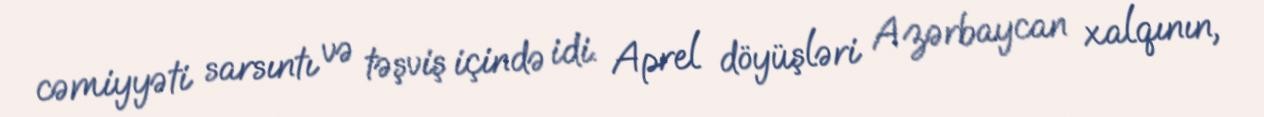
cəmiyyəti sarsıntı və təşviş içində idi. Aprel döyüşləri Azərbaycan xalqının,